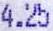
4.25